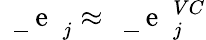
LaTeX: \mathrm{~\mathbf~\underline{~}{~e~}~}_{j}\approx\mathrm{~\mathbf~\underline{~}{~e~}~}_{j}^{VC}